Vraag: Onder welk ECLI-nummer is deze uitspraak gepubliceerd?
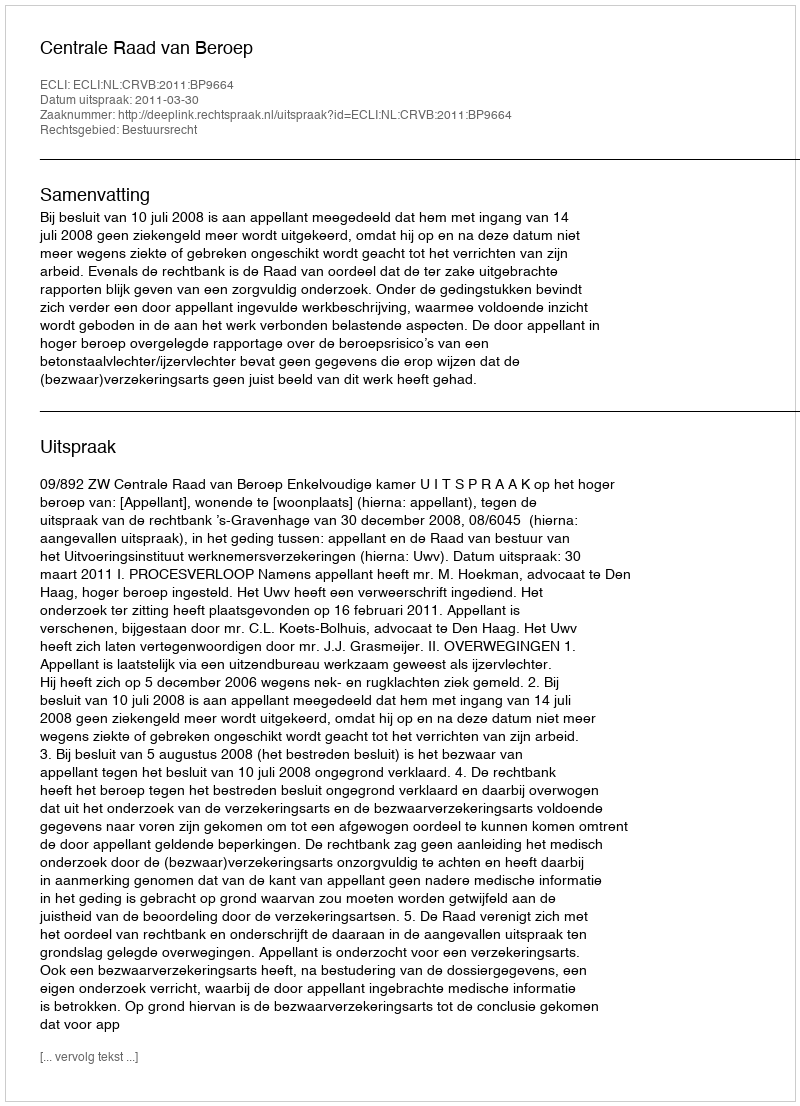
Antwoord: ECLI:NL:CRVB:2011:BP9664